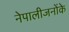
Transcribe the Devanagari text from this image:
नेपालीजनोंके